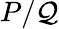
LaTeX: P/\mathcal{Q}